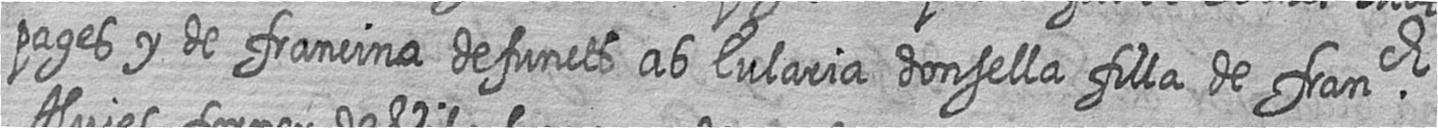
pages y de francina defuncts ab Eularia donsella filla de franch